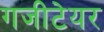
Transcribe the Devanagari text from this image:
गजीटेयर